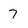
Character: 7